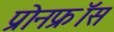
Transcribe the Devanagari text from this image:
प्रोनफ्रॉस